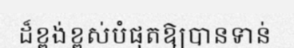
ដ៏ខ្ពង់ខ្ពស់បំផុតឱ្យបានទាន់